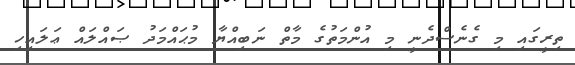
ތިރީގައި މި ގެނެސްދެނީ މި އުންމަތުގެ މާތް ނަބިއްޔާ މުޙައްމަދު ޞައްލައް ޢަލައިހި